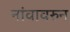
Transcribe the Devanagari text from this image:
नांवावरुन